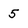
Character: 5